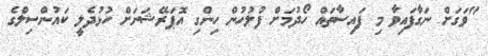
"ވަގަށް ނަގާފައިވާ މި ފައިސާތައް ހޯދުމަށް ފުލުހުން ހިންގި އޮޕަރޭޝަނަށް ހުޅުދެލީ ކައުންސިލްގެ